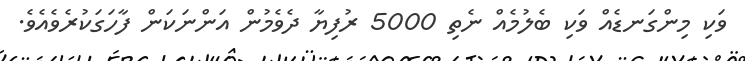
ވަކި މިންގަނޑެއް ވަކި ބެލުމެއް ނެތި 5000 ރުފިޔާ ދެވެމުން އަންނަކަން ފާހަގަކުރެވެއެވެ.